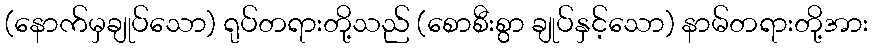
(နောက်မှချုပ်သော) ရုပ်တရားတို့သည် (စောစီးစွာ ချုပ်နှင့်သော) နာမ်တရားတို့အား